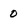
Character: 0